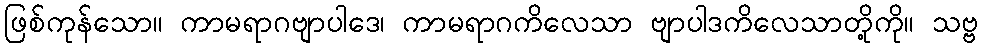
ဖြစ်ကုန်သော။ ကာမရာဂဗျာပါဒေ၊ ကာမရာဂကိလေသာ ဗျာပါဒကိလေသာတို့ကို။ သဗ္ဗ